Scottish Leaving Certificate Examination, 1959
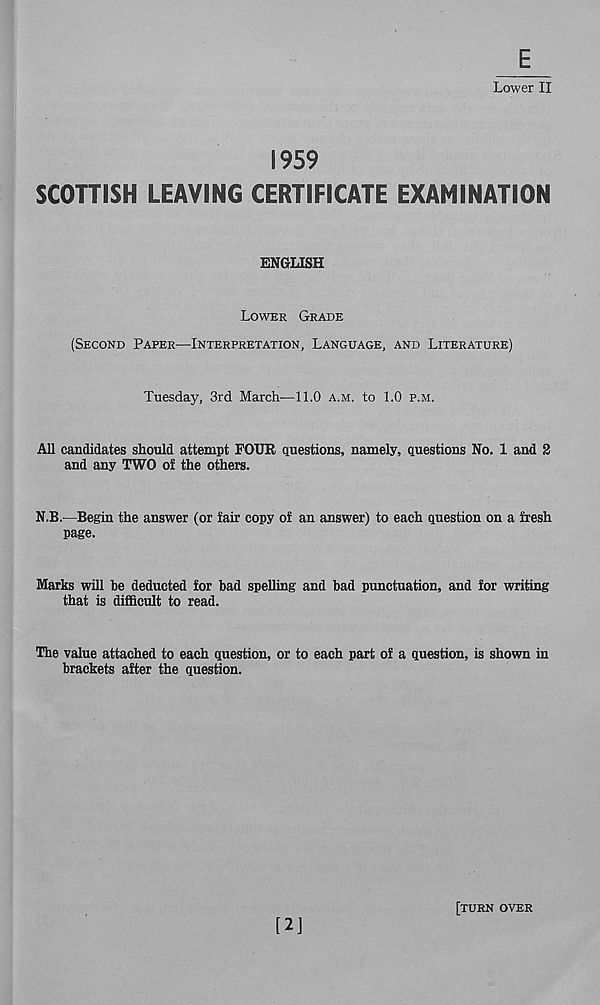
Lower II
1959
SCOTTISH LEAVING CERTIFICATE EXAMINATION
ENGLISH
LOWER GRADE
(SECOND PAPER—INTERPRETATION, LANGUAGE, AND LITERATURE)
Tuesday, 3rd March—11.0 A.M. to 1.0 P.M.
All candidates should attempt FOUR questions, namely, questions No. 1 and 2
and any TWO of the others.
N.B.—Begin the answer (or fair copy of an answer) to each question on a fresh
page.
Marks will he deducted for bad spelling and bad punctuation, and for writing
that is difficult to read.
The value attached to each question, or to each part of a question, is shown in
brackets after the question.
[2]
[TURN OVER